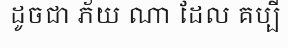
ដូចជា ភ័យ ណា ដែល គប្បី